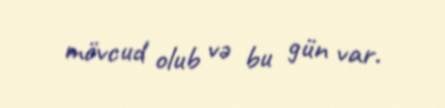
mövcud olub və bu gün var.